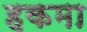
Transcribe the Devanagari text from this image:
हकमा